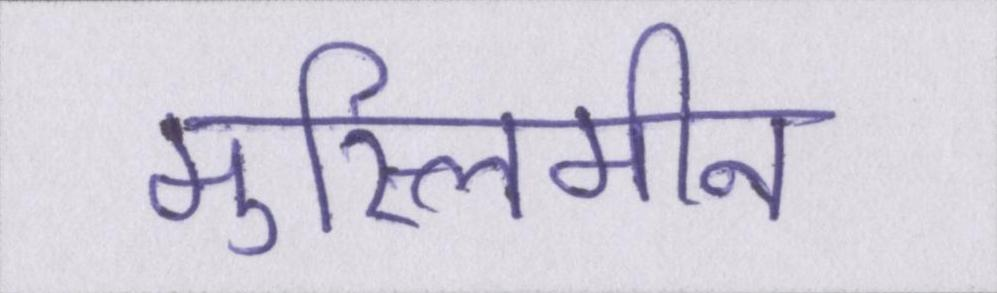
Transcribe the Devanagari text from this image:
मुस्लिमीन